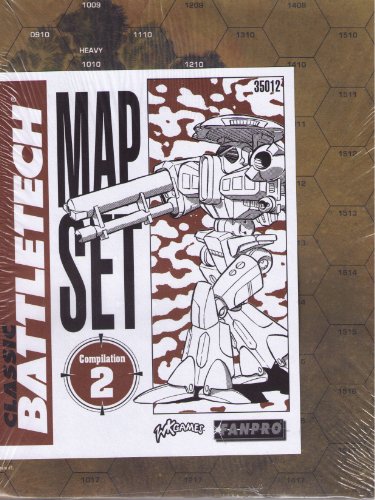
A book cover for Classic Battletech: Map Set Compilation 2 (FPR35012); FanPro; Science Fiction & Fantasy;